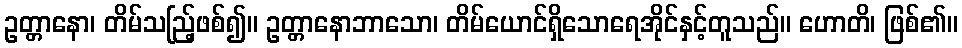
ဥတ္တာနော၊ တိမ်သည်ြ့ဖစ်၍။ ဥတ္တာနောဘာသော၊ တိမ်ယောင်ရှိသောရေအိုင်နှင့်တူသည်။ ဟောတိ၊ ဖြစ်၏။